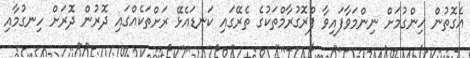
އެގޮތުން ހިންގުމަށް ނިންމަވާފައިވާ ފްރޮގުރާމްތަކުގެ ތެރޭގައި ކަނޑައެޅޭ ރަށްތަކެއްގައި ދޮރުން ދޮރަށް ހިނގުމާއި